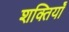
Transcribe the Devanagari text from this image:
शक्तियॉं